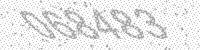
Solution: 068483